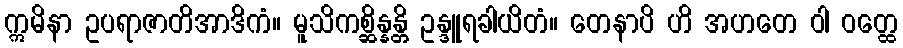
ဣမိနာ ဥပရာဇာတိအာဒိကံ။ မူသိကစ္ဆိန္နန္တိ ဥန္ဒူရခါယိတံ။ တေနာပိ ဟိ အဟတေ ဝါ ဝတ္ထေ